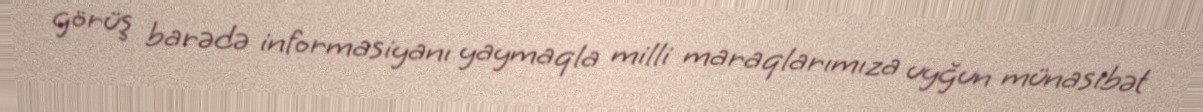
görüş barədə informasiyanı yaymaqla milli maraqlarımıza uyğun münasibət